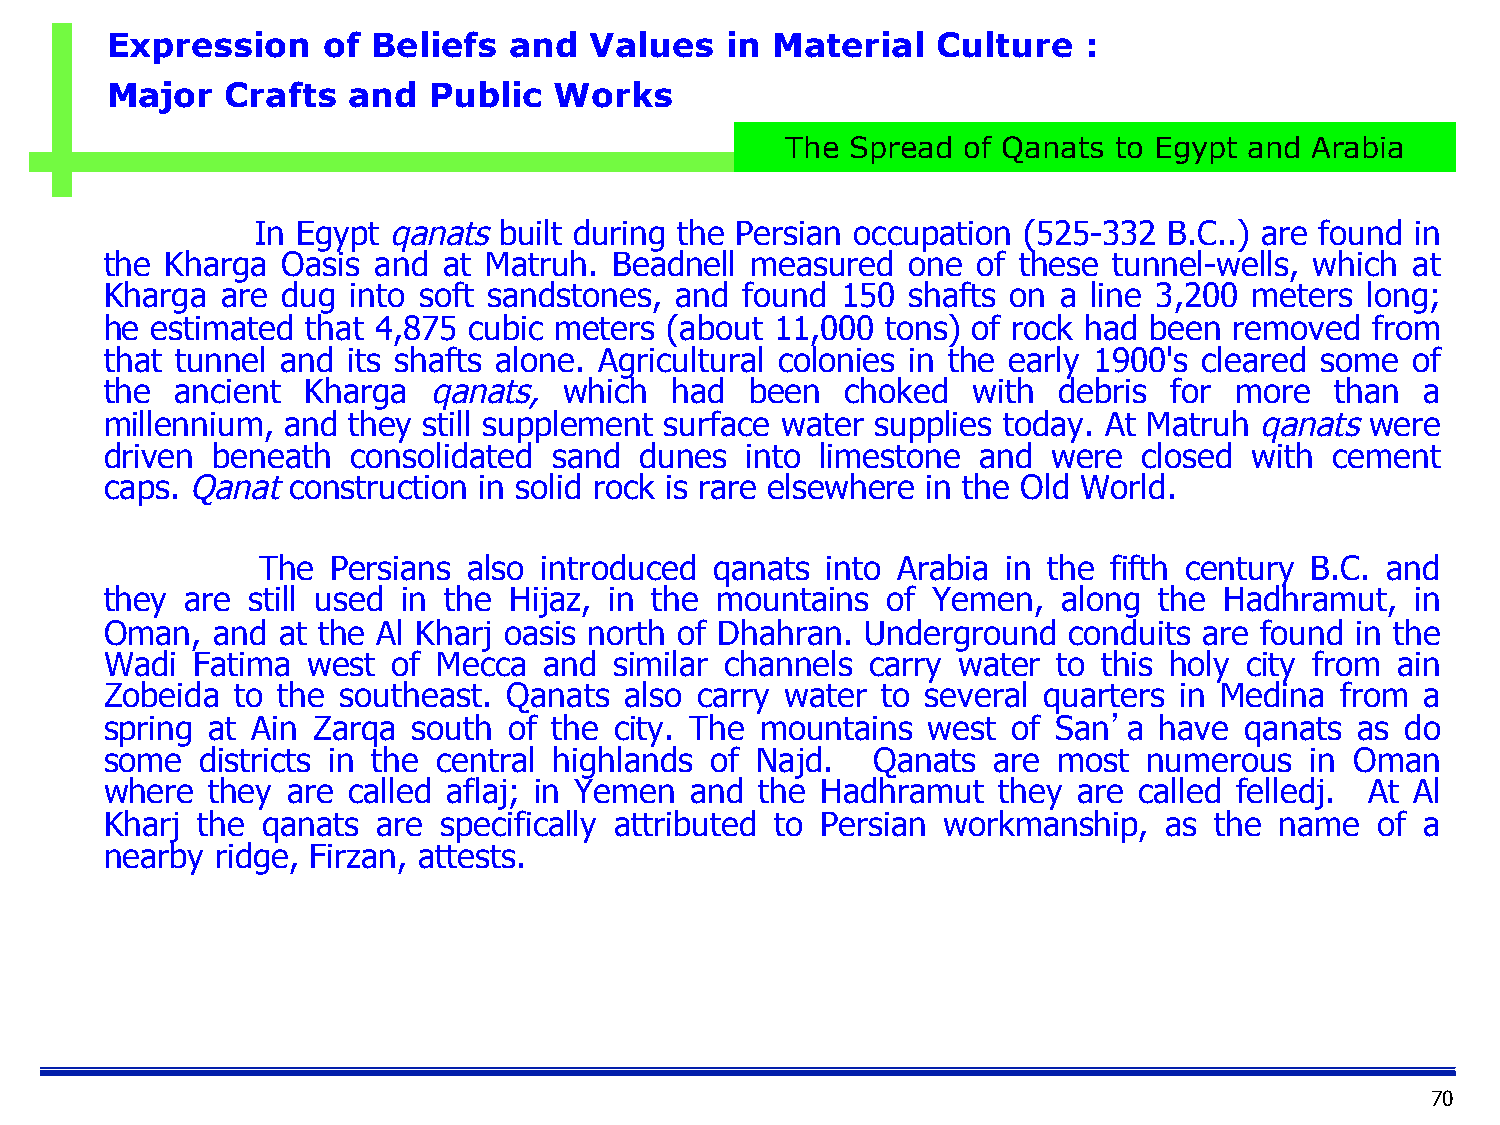
Expression    of  Beliefs  and  Values   in Material   Culture   :
 Major   Crafts  and  Public   Works
 The Spread  of Qanats to Egypt and Arabia
 In Egypt qanats built during the Persian occupation (525-332 B.C..) are found in
 the Kharga  Oasis and at Matruh.  Beadnell measured  one  of these tunnel-wells, which at
 Kharga  are dug into soft sandstones, and found  150 shafts on a line 3,200 meters long;
 he estimated that 4,875 cubic meters (about 11,000  tons) of rock had been removed  from
 that tunnel and its shafts alone. Agricultural colonies in the early 1900's cleared some of
 the  ancient Kharga  qanats,  which  had   been  choked  with  debris  for more  than  a
 millennium, and they still supplement surface water supplies today. At Matruh qanats were
 driven beneath  consolidated  sand dunes  into limestone  and  were  closed with cement
 caps. Qanat construction in solid rock is rare elsewhere in the Old World.
 The  Persians also introduced qanats  into Arabia in the fifth century B.C. and
 they are still used in the Hijaz, in the mountains  of Yemen,  along  the Hadhramut,   in
 Oman,  and at the Al Kharj oasis north of Dhahran. Underground  conduits are found in the
 Wadi  Fatima west  of Mecca  and  similar channels carry water to this holy city from ain
 Zobeida  to the southeast. Qanats also carry water to several quarters in Medina  from a
 spring at Ain Zarqa south  of the city. The mountains west  of San’a  have qanats  as do
 some  districts in the central highlands of Najd.  Qanats  are most  numerous   in Oman
 where  they are called aflaj; in Yemen and the Hadhramut   they are called felledj. At Al
 Kharj the qanats  are specifically attributed to Persian workmanship, as the  name  of a
 nearby ridge, Firzan, attests.
 70